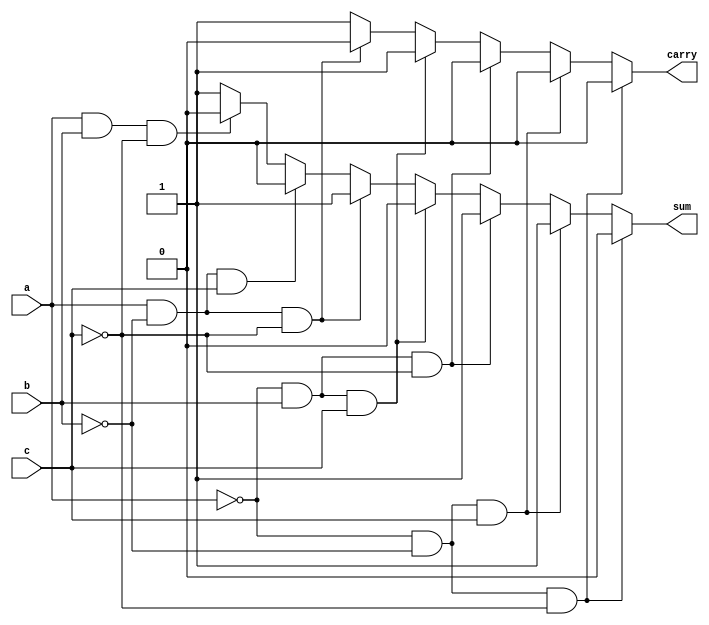
module fullAdder(sum, carry, a, b, c);
	
	output sum, carry;
	input a, b, c;
	
	reg sum,carry;
	
	always @(a or b or c)
		begin
			
			if(a==0 && b==0 && c==0)
				begin
					sum=0;
					carry=0;
				end
			
			else if(a==0 && b==0 && c==1)
				begin
					sum=1;
					carry=0;
				end
				
			else if(a==0 && b==1 && c==0)
				begin
					sum=1;
					carry=0;
				end
			
			else if(a==0 && b==1 && c==1)
				begin
					sum=0;
					carry=1;
				end
				
			else if(a==1 && b==0 && c==0)
				begin
					sum=1;
					carry=0;
				end
				
			else if(a==1 && b==0 && c==1)
				begin
					sum=0;
					carry=1;
				end
				
			else if(a==1 && b==1 && c==0)
				begin
					sum=0;
					carry=1;
				end
			
			else
				begin
					sum=1;
					carry=1;
				end
		end
endmodule